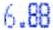
6.88